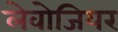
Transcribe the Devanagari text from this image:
लेवोजियर